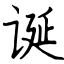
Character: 诞